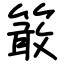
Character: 𥴊